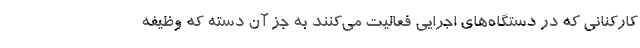
کارکنانی که در دستگاه‌های اجرایی فعالیت می‌کنند به جز آن دسته که وظیفه